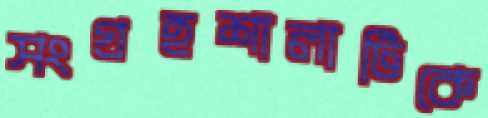
সংগ্রহশালাটিকে